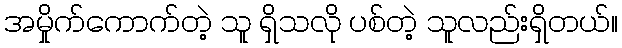
အမှိုက်ကောက်တဲ့ သူ ရှိသလို ပစ်တဲ့ သူလည်းရှိတယ်။